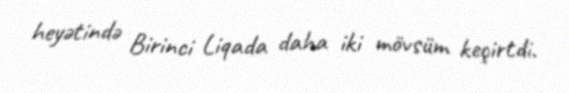
heyətində Birinci Liqada daha iki mövsüm keçirtdi.